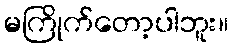
မကြိုက်တော့ပါဘူး။